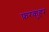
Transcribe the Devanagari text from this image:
फ़रकुहर